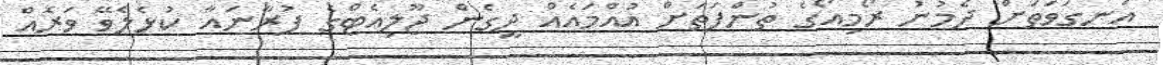
އަނގަވަތަށް ދެމުނު ރޯމިއޯގެ ތުންފަތަށް އުއްމައެއް ދީގެން ޖޫލިއެޓްގެ ފުރާނައާ ކުޅެލެވޭ ވަރެއް